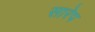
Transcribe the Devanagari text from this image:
सारेप